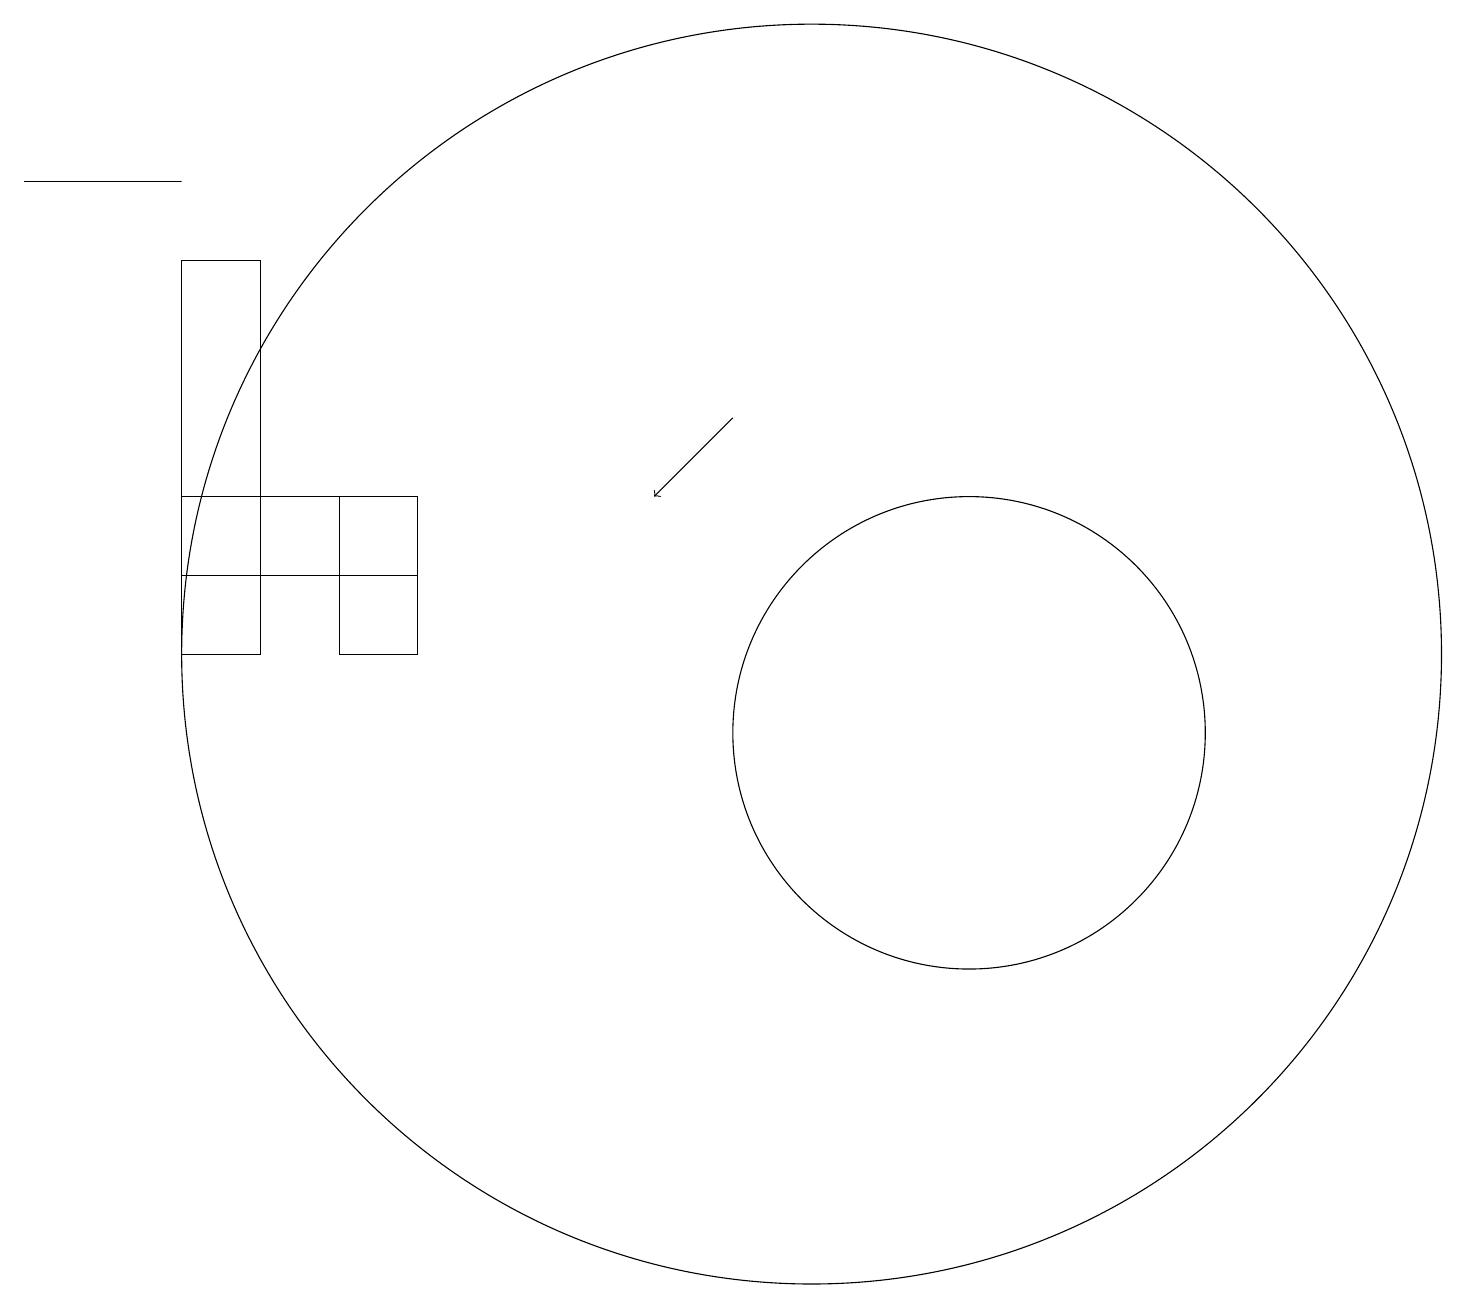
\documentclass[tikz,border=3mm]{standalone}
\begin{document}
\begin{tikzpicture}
\draw (5,11) rectangle (4,13);
\draw (2,17) rectangle (0,17);
\draw (2,12) rectangle (5,13);
\draw (2,11) rectangle (3,16);
\draw (12,10) circle (3);
\draw (10,11) circle (8);
\draw[->] (9,14) -- (8,13);
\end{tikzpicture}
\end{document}